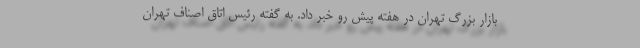
بازار بزرگ تهران در هفته پیش رو خبر داد. به گفته رئیس اتاق اصناف تهران